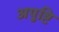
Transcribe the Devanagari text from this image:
अपुष्टि